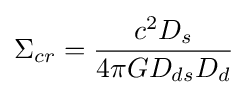
\Sigma _{cr}={\frac {c^{2}D_{s}}{4\pi GD_{ds}D_{d}}}